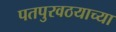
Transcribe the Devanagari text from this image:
पतपुरवठयाच्या